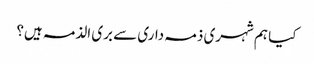
کیا ہم شہری ذمہ داری سے بری الذمہ ہیں؟